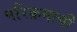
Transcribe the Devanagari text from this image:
परिक्रमाची